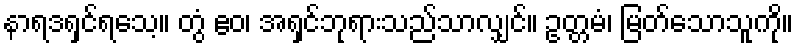
နာရဒရှင်ရသေ့။ တွံ ဧဝ၊ အရှင်ဘုရားသည်သာလျှင်။ ဥတ္တမံ၊ မြတ်သောသူကို။